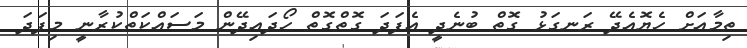
ތިމާއަށް ހެޔޮއެދޭ ރަނގަޅު ގޮތް ބުނެދީ އެފަދަ ގޮތްގޮތް ހޯދައިދޭން މަސައްކަތްކުރާނީ މިފަދަ